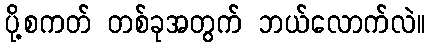
ပို့စကတ် တစ်ခုအတွက် ဘယ်လောက်လဲ။